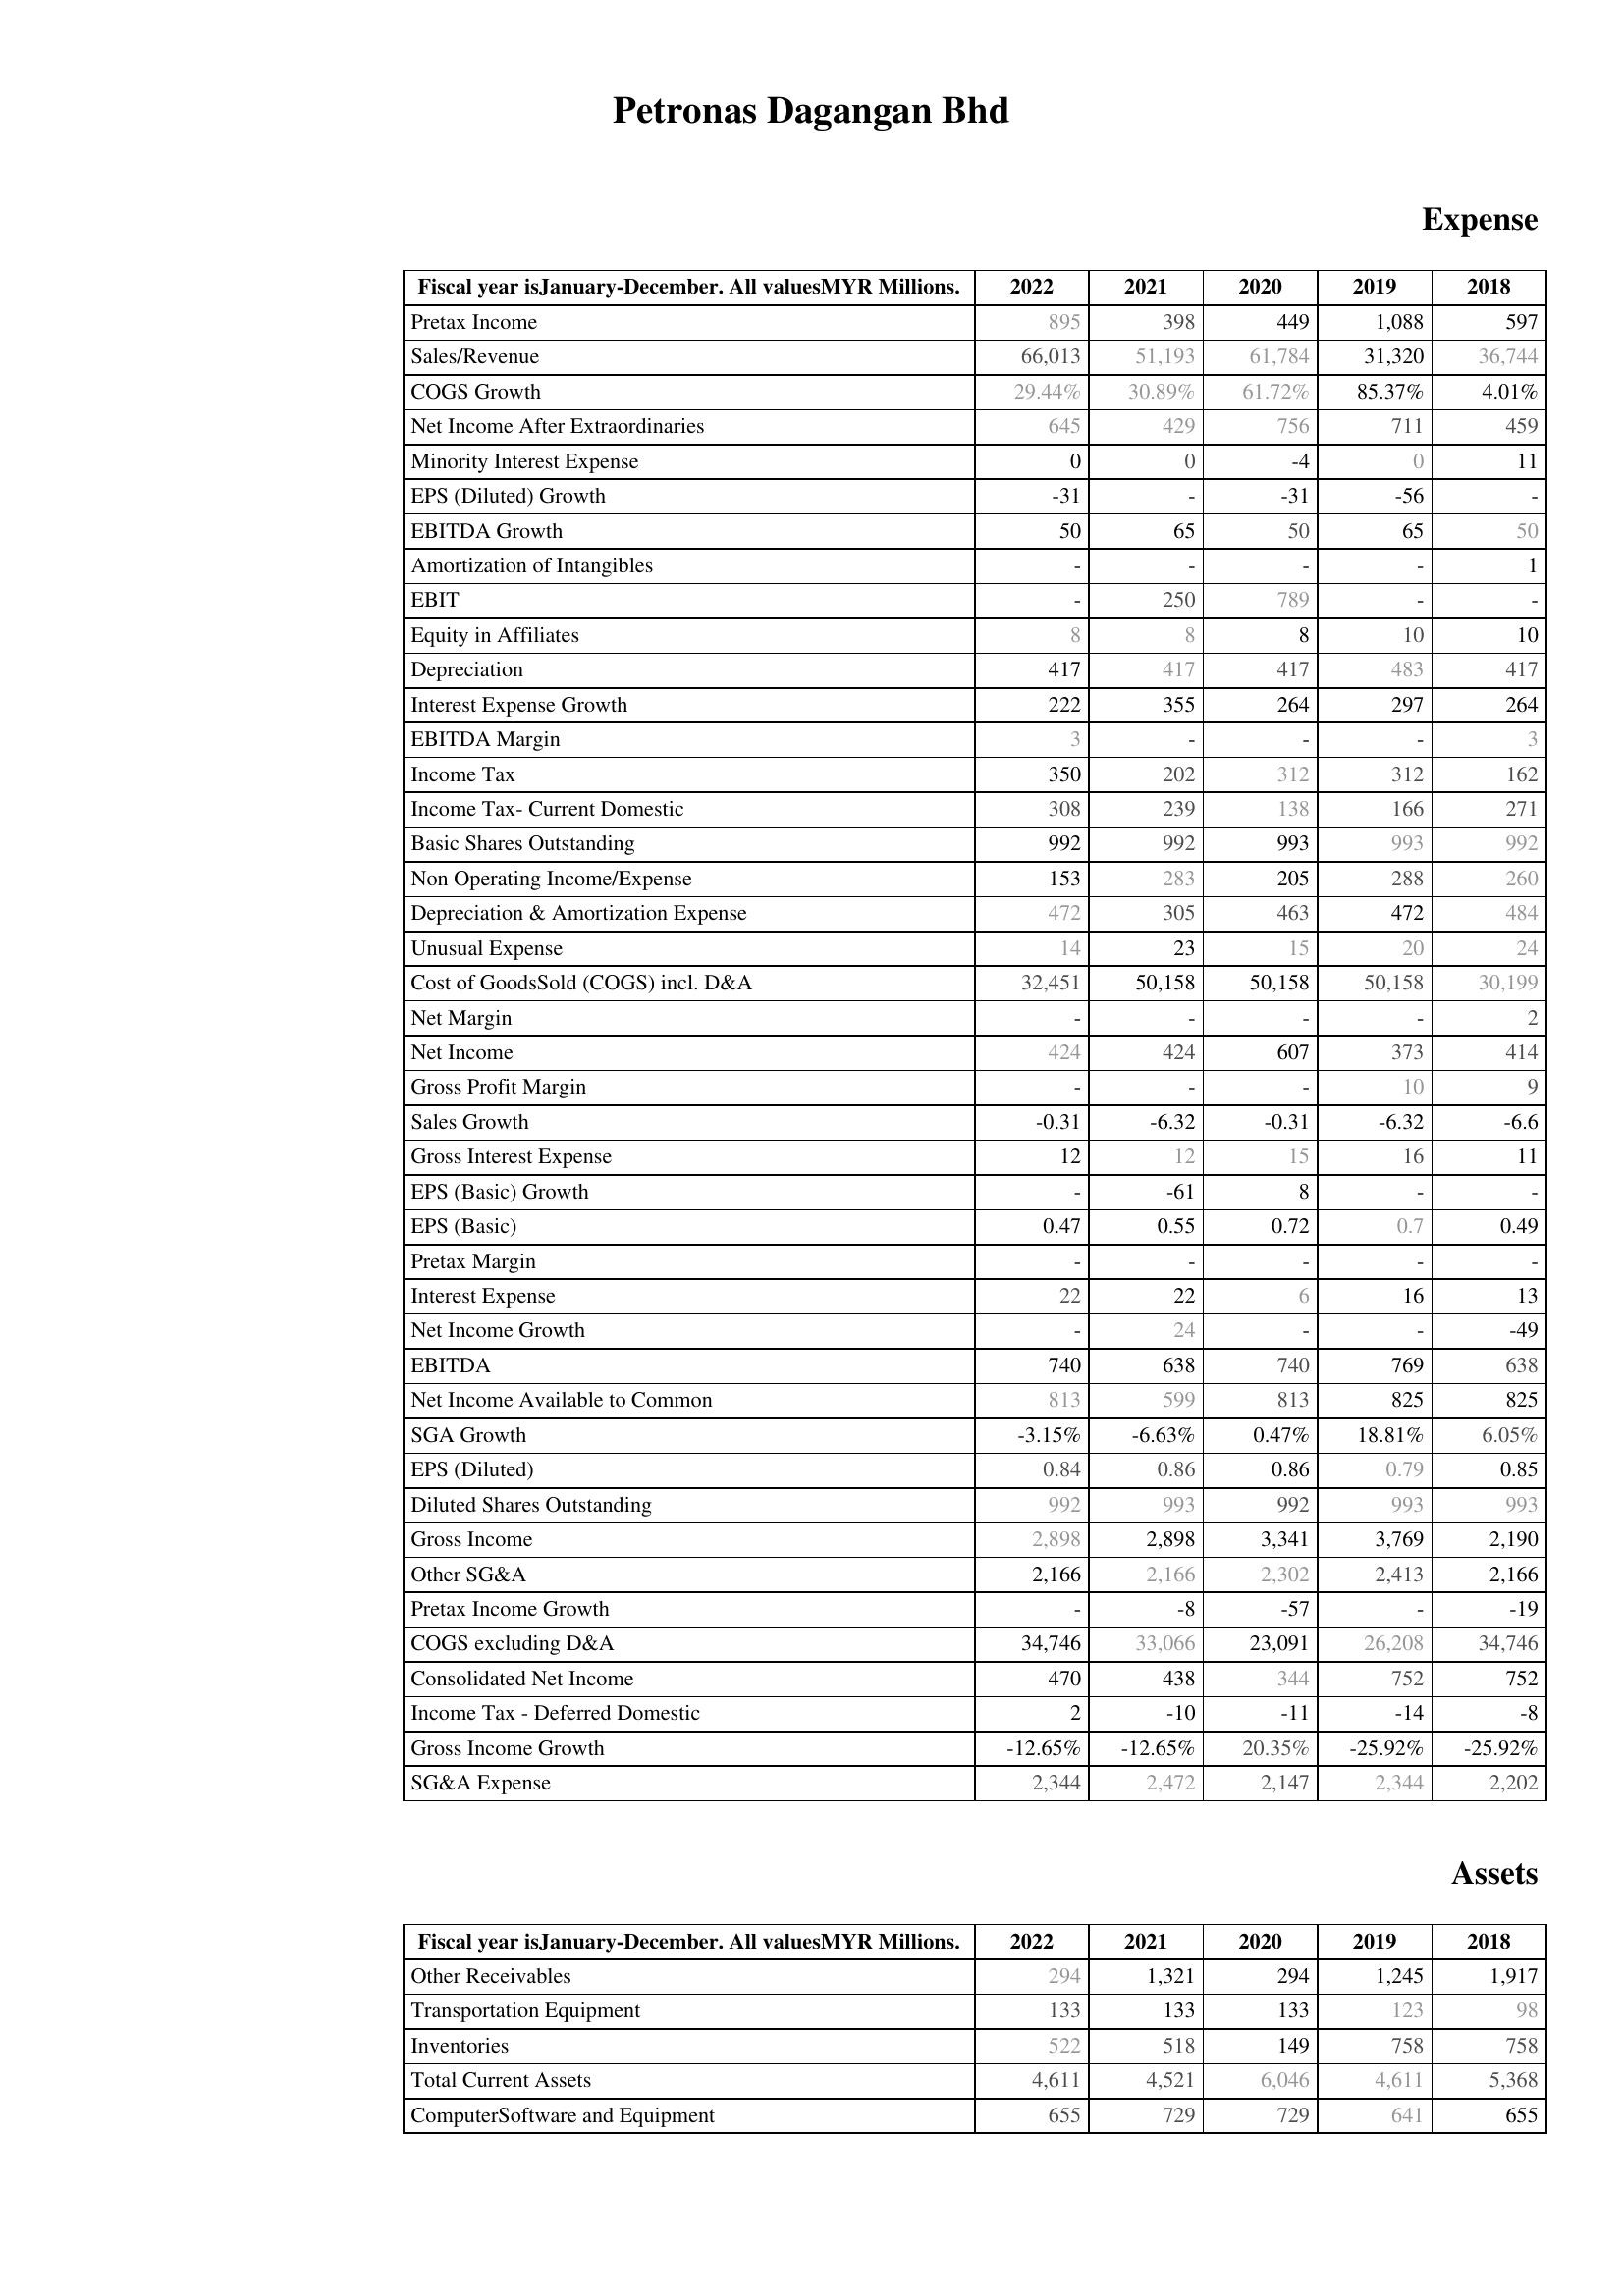
2022: Expense: Pretax Income: 895
Sales/Revenue: 66,013
COGS Growth: 29.44%
Net Income After Extraordinaries: 645
Minority Interest Expense: 0
EPS (Diluted) Growth: -31
EBITDA Growth: 50
Amortization of Intangibles: -
EBIT: -
Equity in Affiliates: 8
Depreciation: 417
Interest Expense Growth: 222
EBITDA Margin: 3
Income Tax: 350
Income Tax- Current Domestic: 308
Basic Shares Outstanding: 992
Non Operating Income/Expense: 153
Depreciation & Amortization Expense: 472
Unusual Expense: 14
Cost of GoodsSold (COGS) incl. D&A: 32,451
Net Margin: -
Net Income: 424
Gross Profit Margin: -
Sales Growth: -0.31
Gross Interest Expense: 12
EPS (Basic) Growth: -
EPS (Basic): 0.47
Pretax Margin: -
Interest Expense: 22
Net Income Growth: -
EBITDA: 740
Net Income Available to Common: 813
SGA Growth: -3.15%
EPS (Diluted): 0.84
Diluted Shares Outstanding: 992
Gross Income: 2,898
Other SG&A: 2,166
Pretax Income Growth: -
COGS excluding D&A: 34,746
Consolidated Net Income: 470
Income Tax - Deferred Domestic: 2
Gross Income Growth: -12.65%
SG&A Expense: 2,344
Assets: Other Receivables: 294
Transportation Equipment: 133
Inventories: 522
Total Current Assets: 4,611
ComputerSoftware and Equipment: 655
2021: Expense: Pretax Income: 398
Sales/Revenue: 51,193
COGS Growth: 30.89%
Net Income After Extraordinaries: 429
Minority Interest Expense: 0
EPS (Diluted) Growth: -
EBITDA Growth: 65
Amortization of Intangibles: -
EBIT: 250
Equity in Affiliates: 8
Depreciation: 417
Interest Expense Growth: 355
EBITDA Margin: -
Income Tax: 202
Income Tax- Current Domestic: 239
Basic Shares Outstanding: 992
Non Operating Income/Expense: 283
Depreciation & Amortization Expense: 305
Unusual Expense: 23
Cost of GoodsSold (COGS) incl. D&A: 50,158
Net Margin: -
Net Income: 424
Gross Profit Margin: -
Sales Growth: -6.32
Gross Interest Expense: 12
EPS (Basic) Growth: -61
EPS (Basic): 0.55
Pretax Margin: -
Interest Expense: 22
Net Income Growth: 24
EBITDA: 638
Net Income Available to Common: 599
SGA Growth: -6.63%
EPS (Diluted): 0.86
Diluted Shares Outstanding: 993
Gross Income: 2,898
Other SG&A: 2,166
Pretax Income Growth: -8
COGS excluding D&A: 33,066
Consolidated Net Income: 438
Income Tax - Deferred Domestic: -10
Gross Income Growth: -12.65%
SG&A Expense: 2,472
Assets: Other Receivables: 1,321
Transportation Equipment: 133
Inventories: 518
Total Current Assets: 4,521
ComputerSoftware and Equipment: 729
2020: Expense: Pretax Income: 449
Sales/Revenue: 61,784
COGS Growth: 61.72%
Net Income After Extraordinaries: 756
Minority Interest Expense: -4
EPS (Diluted) Growth: -31
EBITDA Growth: 50
Amortization of Intangibles: -
EBIT: 789
Equity in Affiliates: 8
Depreciation: 417
Interest Expense Growth: 264
EBITDA Margin: -
Income Tax: 312
Income Tax- Current Domestic: 138
Basic Shares Outstanding: 993
Non Operating Income/Expense: 205
Depreciation & Amortization Expense: 463
Unusual Expense: 15
Cost of GoodsSold (COGS) incl. D&A: 50,158
Net Margin: -
Net Income: 607
Gross Profit Margin: -
Sales Growth: -0.31
Gross Interest Expense: 15
EPS (Basic) Growth: 8
EPS (Basic): 0.72
Pretax Margin: -
Interest Expense: 6
Net Income Growth: -
EBITDA: 740
Net Income Available to Common: 813
SGA Growth: 0.47%
EPS (Diluted): 0.86
Diluted Shares Outstanding: 992
Gross Income: 3,341
Other SG&A: 2,302
Pretax Income Growth: -57
COGS excluding D&A: 23,091
Consolidated Net Income: 344
Income Tax - Deferred Domestic: -11
Gross Income Growth: 20.35%
SG&A Expense: 2,147
Assets: Other Receivables: 294
Transportation Equipment: 133
Inventories: 149
Total Current Assets: 6,046
ComputerSoftware and Equipment: 729
2019: Expense: Pretax Income: 1,088
Sales/Revenue: 31,320
COGS Growth: 85.37%
Net Income After Extraordinaries: 711
Minority Interest Expense: 0
EPS (Diluted) Growth: -56
EBITDA Growth: 65
Amortization of Intangibles: -
EBIT: -
Equity in Affiliates: 10
Depreciation: 483
Interest Expense Growth: 297
EBITDA Margin: -
Income Tax: 312
Income Tax- Current Domestic: 166
Basic Shares Outstanding: 993
Non Operating Income/Expense: 288
Depreciation & Amortization Expense: 472
Unusual Expense: 20
Cost of GoodsSold (COGS) incl. D&A: 50,158
Net Margin: -
Net Income: 373
Gross Profit Margin: 10
Sales Growth: -6.32
Gross Interest Expense: 16
EPS (Basic) Growth: -
EPS (Basic): 0.7
Pretax Margin: -
Interest Expense: 16
Net Income Growth: -
EBITDA: 769
Net Income Available to Common: 825
SGA Growth: 18.81%
EPS (Diluted): 0.79
Diluted Shares Outstanding: 993
Gross Income: 3,769
Other SG&A: 2,413
Pretax Income Growth: -
COGS excluding D&A: 26,208
Consolidated Net Income: 752
Income Tax - Deferred Domestic: -14
Gross Income Growth: -25.92%
SG&A Expense: 2,344
Assets: Other Receivables: 1,245
Transportation Equipment: 123
Inventories: 758
Total Current Assets: 4,611
ComputerSoftware and Equipment: 641
2018: Expense: Pretax Income: 597
Sales/Revenue: 36,744
COGS Growth: 4.01%
Net Income After Extraordinaries: 459
Minority Interest Expense: 11
EPS (Diluted) Growth: -
EBITDA Growth: 50
Amortization of Intangibles: 1
EBIT: -
Equity in Affiliates: 10
Depreciation: 417
Interest Expense Growth: 264
EBITDA Margin: 3
Income Tax: 162
Income Tax- Current Domestic: 271
Basic Shares Outstanding: 992
Non Operating Income/Expense: 260
Depreciation & Amortization Expense: 484
Unusual Expense: 24
Cost of GoodsSold (COGS) incl. D&A: 30,199
Net Margin: 2
Net Income: 414
Gross Profit Margin: 9
Sales Growth: -6.6
Gross Interest Expense: 11
EPS (Basic) Growth: -
EPS (Basic): 0.49
Pretax Margin: -
Interest Expense: 13
Net Income Growth: -49
EBITDA: 638
Net Income Available to Common: 825
SGA Growth: 6.05%
EPS (Diluted): 0.85
Diluted Shares Outstanding: 993
Gross Income: 2,190
Other SG&A: 2,166
Pretax Income Growth: -19
COGS excluding D&A: 34,746
Consolidated Net Income: 752
Income Tax - Deferred Domestic: -8
Gross Income Growth: -25.92%
SG&A Expense: 2,202
Assets: Other Receivables: 1,917
Transportation Equipment: 98
Inventories: 758
Total Current Assets: 5,368
ComputerSoftware and Equipment: 655